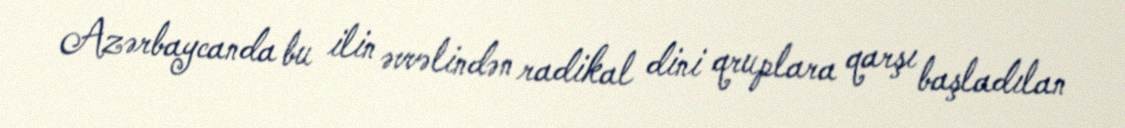
Azərbaycanda bu ilin əvvəlindən radikal dini qruplara qarşı başladılan